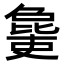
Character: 𣬒